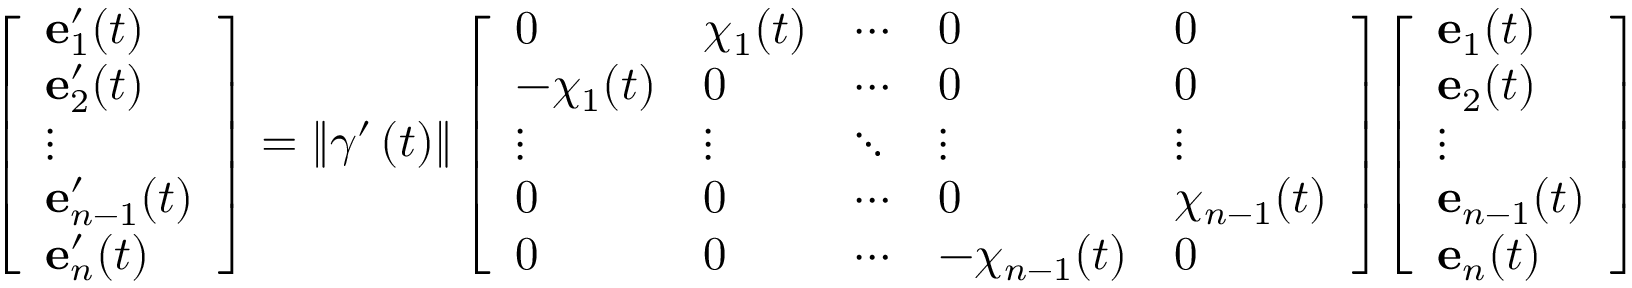
{ \left[ \begin{array} { l } { \mathbf { e } _ { 1 } ^ { \prime } ( t ) } \\ { \mathbf { e } _ { 2 } ^ { \prime } ( t ) } \\ { \vdots } \\ { \mathbf { e } _ { n - 1 } ^ { \prime } ( t ) } \\ { \mathbf { e } _ { n } ^ { \prime } ( t ) } \end{array} \right] } = \left\Vert \gamma ^ { \prime } \left( t \right) \right\Vert { \left[ \begin{array} { l l l l l } { 0 } & { \chi _ { 1 } ( t ) } & { \cdots } & { 0 } & { 0 } \\ { - \chi _ { 1 } ( t ) } & { 0 } & { \cdots } & { 0 } & { 0 } \\ { \vdots } & { \vdots } & { \ddots } & { \vdots } & { \vdots } \\ { 0 } & { 0 } & { \cdots } & { 0 } & { \chi _ { n - 1 } ( t ) } \\ { 0 } & { 0 } & { \cdots } & { - \chi _ { n - 1 } ( t ) } & { 0 } \end{array} \right] } { \left[ \begin{array} { l } { \mathbf { e } _ { 1 } ( t ) } \\ { \mathbf { e } _ { 2 } ( t ) } \\ { \vdots } \\ { \mathbf { e } _ { n - 1 } ( t ) } \\ { \mathbf { e } _ { n } ( t ) } \end{array} \right] }